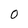
Character: O